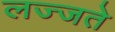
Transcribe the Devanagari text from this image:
लज्जते